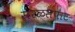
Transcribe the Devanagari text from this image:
सरळसपाट